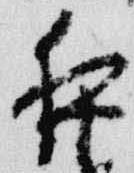
夜